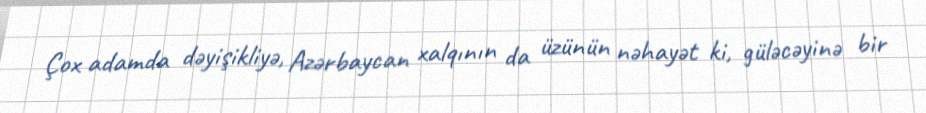
Çox adamda dəyişikliyə, Azərbaycan xalqının da üzünün nəhayət ki, güləcəyinə bir